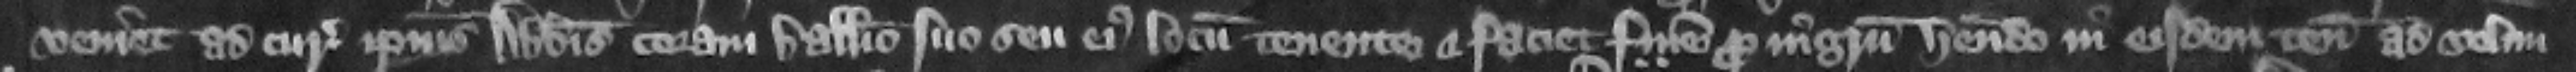
veniet ad curiam ipsius abbatis coram balliuo suo seu eius locum tenente et faciet finem pro ingressu habendo in eisdem tenementis ad volun